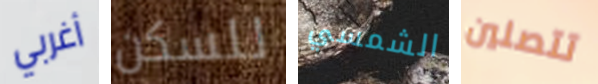
أغربي للسكن الشمسي تتصلين